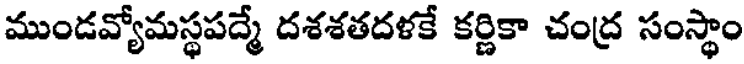
ముండవ్యోమస్థపద్మే దశశతదళకే కర్ణికా చంద్ర సంస్థాం